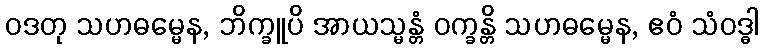
ဝဒတု သဟဓမ္မေန, ဘိက္ခူပိ အာယသ္မန္တံ ဝက္ခန္တိ သဟဓမ္မေန, ဧဝံ သံဝဒ္ဓါ